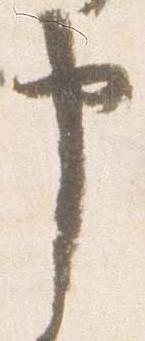
申